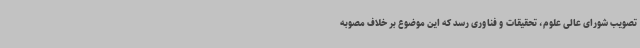
تصویب شورای عالی علوم، تحقیقات و فناوری رسد که این موضوع بر خلاف مصوبه